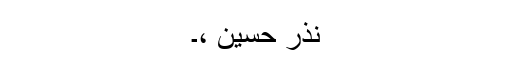
نذر حسین ،۔